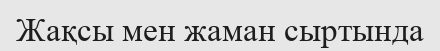
Жақсы мен жаман сыртында